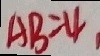
A B = 4